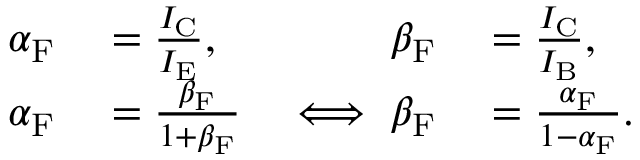
\begin{array} { r l r l } { \alpha _ { \mathrm { F } } } & { { } = { \frac { I _ { \mathrm { C } } } { I _ { \mathrm { E } } } } , } & { \beta _ { \mathrm { F } } } & { { } = { \frac { I _ { \mathrm { C } } } { I _ { \mathrm { B } } } } , } \\ { \alpha _ { \mathrm { F } } } & { { } = { \frac { \beta _ { \mathrm { F } } } { 1 + \beta _ { \mathrm { F } } } } } & { \iff \beta _ { \mathrm { F } } } & { { } = { \frac { \alpha _ { \mathrm { F } } } { 1 - \alpha _ { \mathrm { F } } } } . } \end{array}